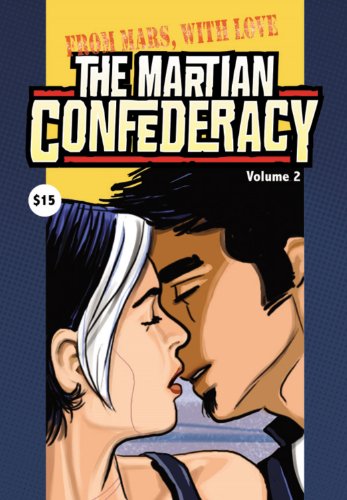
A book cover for The Martian Confederacy Volume 2: From Mars With Love; Jason McNamara; Comics & Graphic Novels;